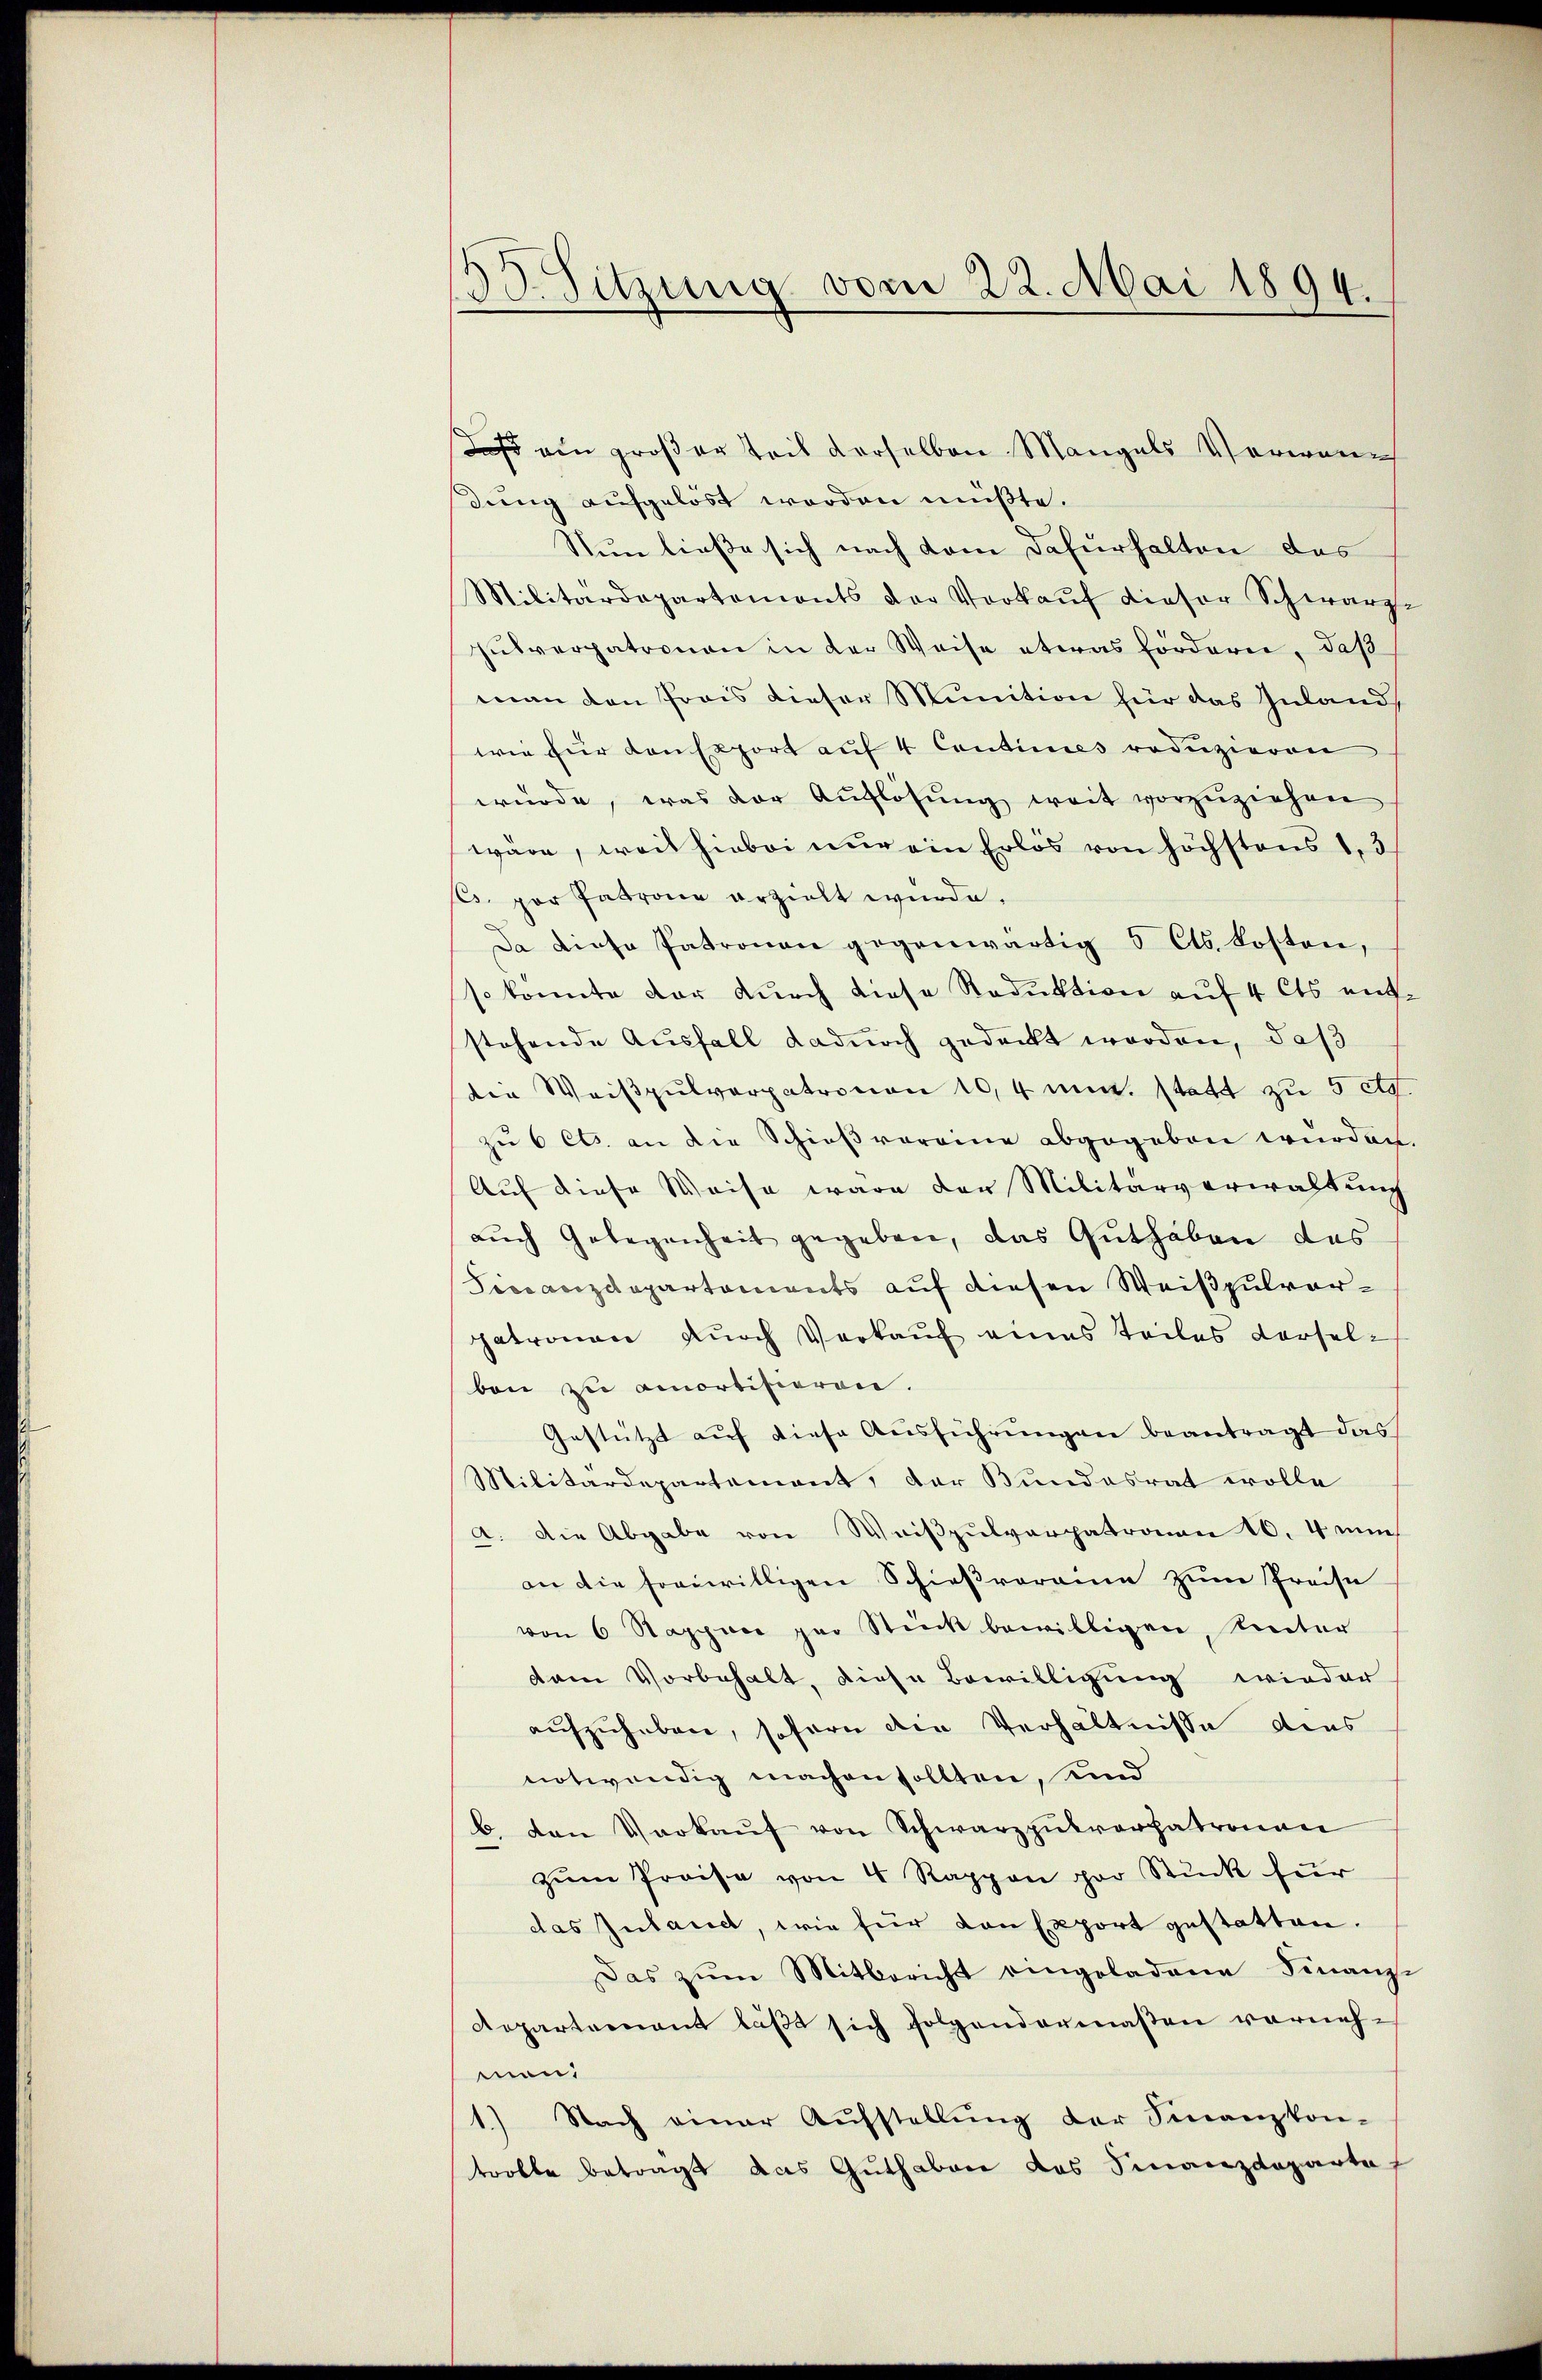
Sitzung vom 22. Mai 1894.
1

ein großer Teil derselben Mangels Verwan
dung aufgelöst worden müßte.
Nun ließe sich nach dem Dafürhalten das
Militärdepartements der Verkaŭf dieser Schwarze
pulverpatronen in der Weise etwas förderer, daß
man den Prois dieser Munition für das Inland
wie für dansport auf 4 Cantimes reduzieren
würde, was der Auflösung weit vorzuziehen
wäre, weil hiebei nur ein Erlös von höchstens 13
s. per Patrone erzielt wurde.
Da diese Patronau gegenwärtig 5 Cts. kosten,
so konnte der durch diese Staduktion auf 4 Cts entstehende Ausfall dadurch gedeckt worden, daß
die Weißpulverpatronen 10,4 mit statt zu 5 etc.
zu 6 Cts. an die Schießvereine abgegeben würden
Auf diese Weise wäre der Militärverwaltung
aŭch Gelegenheit gegeben, das Guthaben das
Finanzdepartaments auf diesen Weißpulverpatronen dŭrch Verkaŭf eines Teiles derselben zu amortisieren.
Gestützt auf diese Ausführungen beantragt das
Militärdepartemont, der Bundesrat wolle
A. Die Abgabe von Weißpulverpatronen 10. 4 ni
an die freiwilligen Schießroraine zum Preise
von 6 Sappner per Stück bewilligen, Renter
dam Vorbehalt, diese Bewilligung wieder
aufzuheben, sofern die Verhältnisse dies
notwendig machen sollten, und
b. von Verkaŭf von Schwarzpŭkverpatronau
zŭm Preise von 4 Rappen par Stück für
das Inland, wie für Konsport gestatten.
Das zum Mitbericht eingeladene Finanz-
Repartement läβt sich folgendermaßen vornehmen:
1.) Nach einer Aŭfstellŭng der Finanzkon-
trolle betragt das Guthabare das Finanzdeparte